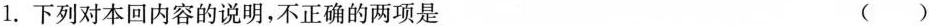
1. 下列对本回内容的说明，不正确的两项是 ( )